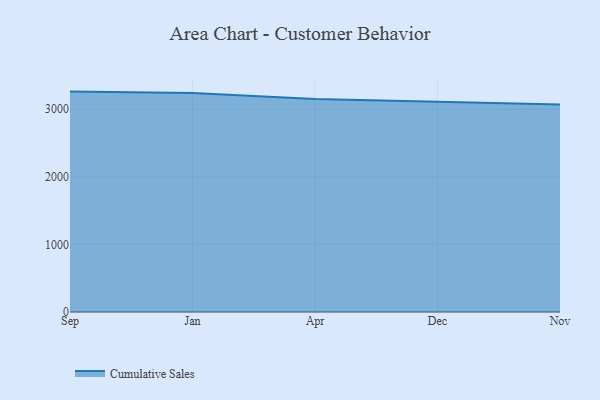
{"axis": {"x": "Month", "y": "Revenue (USD Million)"}, "legend": ["Cumulative Sales"], "data": [{"x": "Sep", "y": 3261.5, "type": "Cumulative Sales"}, {"x": "Jan", "y": 3240.3, "type": "Cumulative Sales"}, {"x": "Apr", "y": 3151.8, "type": "Cumulative Sales"}, {"x": "Dec", "y": 3115.8, "type": "Cumulative Sales"}, {"x": "Nov", "y": 3070.7, "type": "Cumulative Sales"}]}